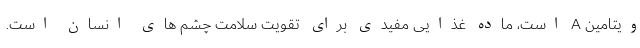
ویتامین A است، ماده غذایی مفیدی برای تقویت سلامت چشم های انسان است.